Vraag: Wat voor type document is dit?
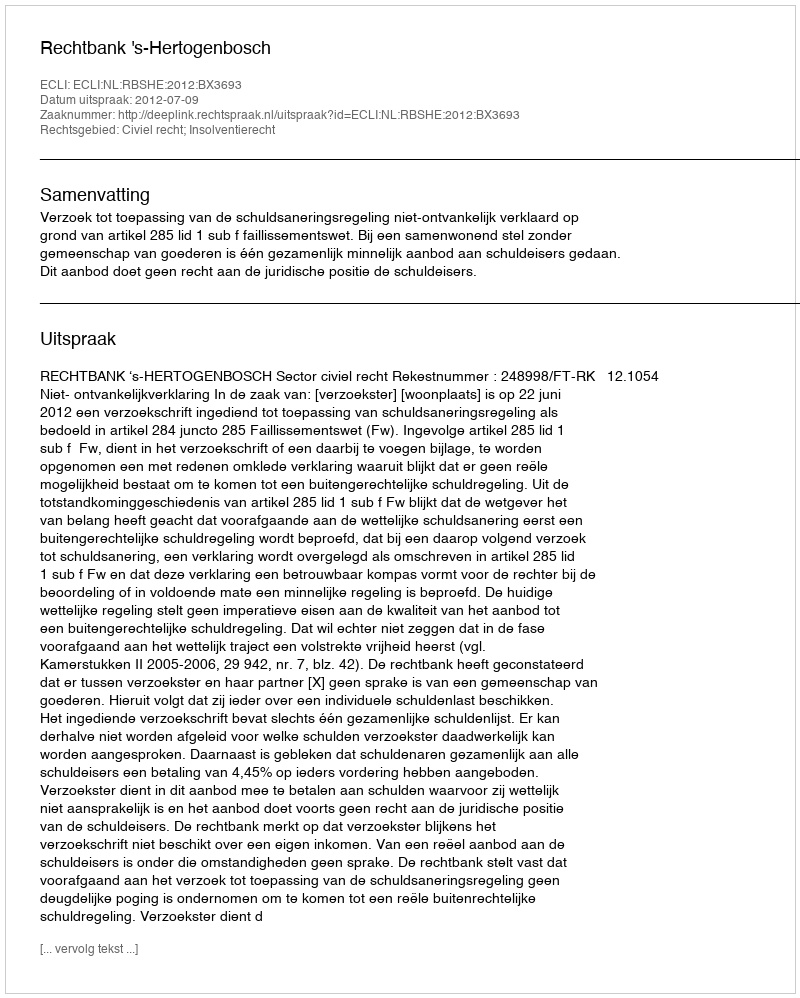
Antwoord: Uitspraak